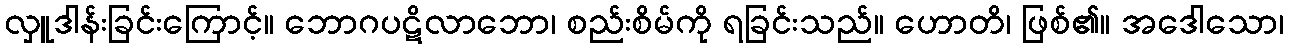
လှူဒါန်းခြင်းကြောင့်။ ဘောဂပဋိလာဘော၊ စည်းစိမ်ကို ရခြင်းသည်။ ဟောတိ၊ ဖြစ်၏။ အဒေါသော၊